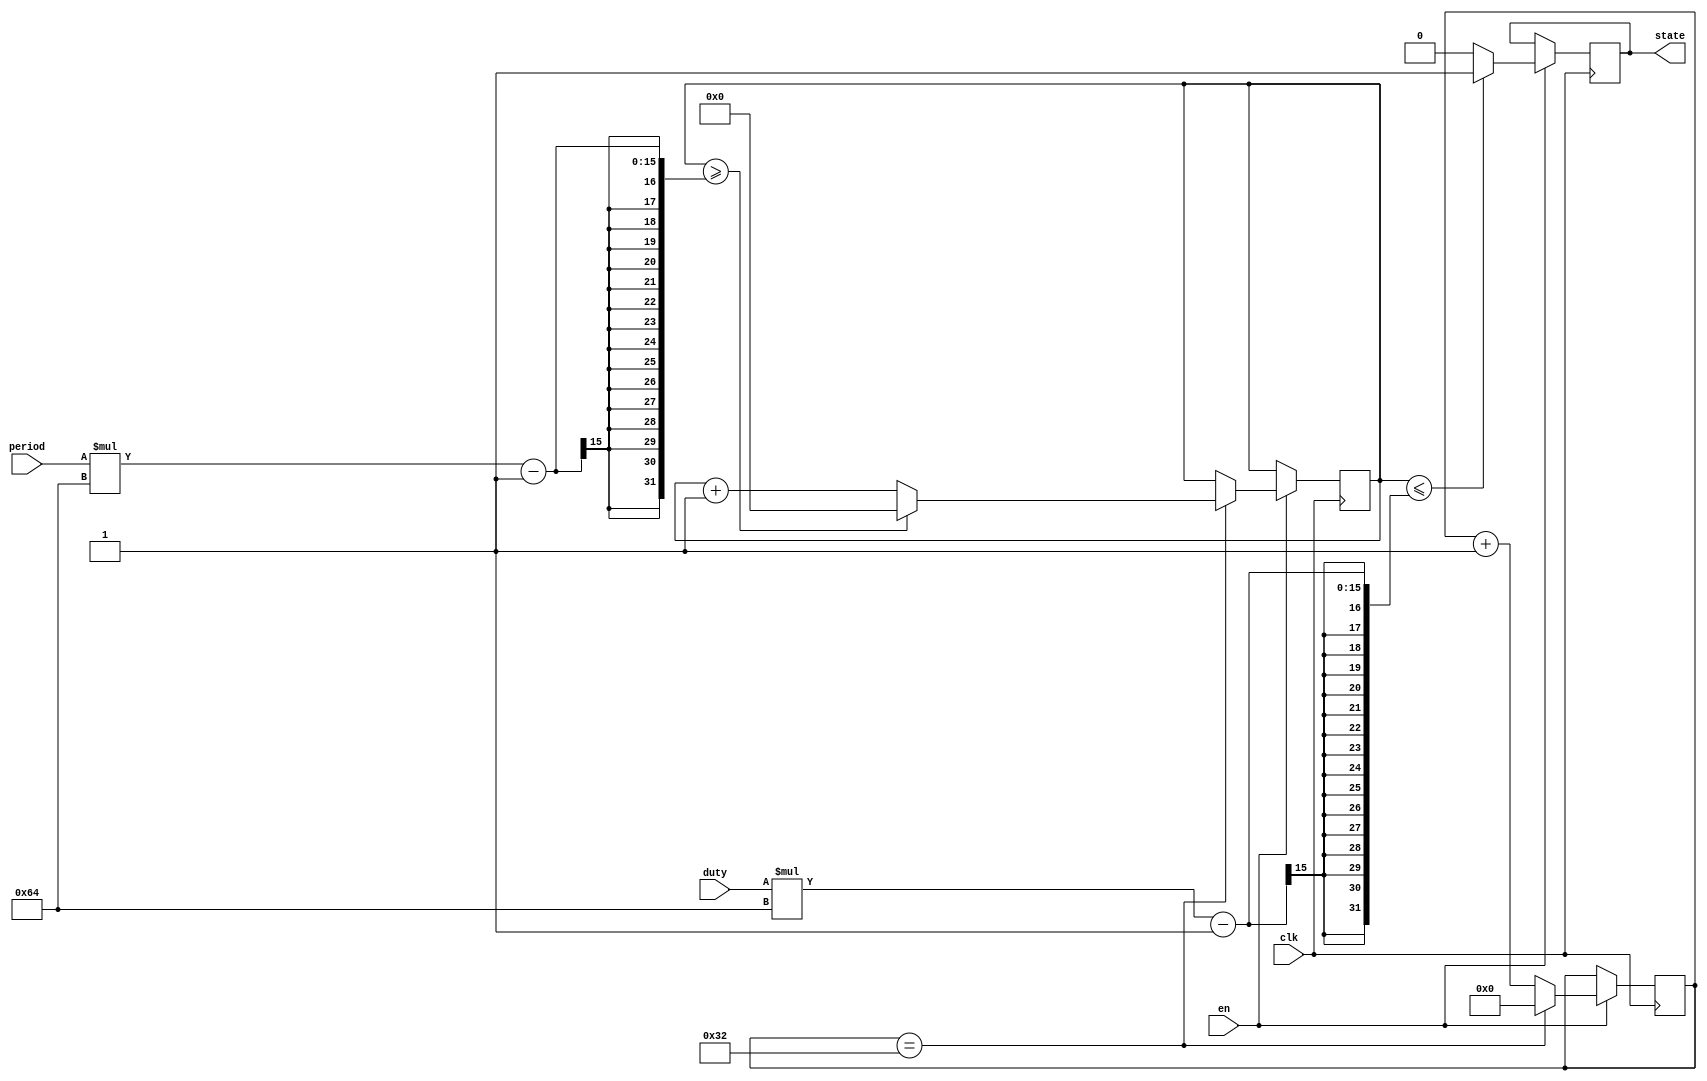
module counter(clk,period,duty,state,en); //period y duty en us
	
	input clk;
	input en;
	input [7:0] period;
	input [7:0] duty;
	output reg state;
	

reg [5:0] contusec = 0;
reg [14:0] contmsec = 0;

always @(posedge clk) begin
	
	if(en == 1)begin
		if(contusec == 50) begin //Se cuantan 50 ciclos de clk que equivale a 1us (para clk de 50MHz)
			contusec = 0;
		
			if(contmsec >= (period*100)-1) begin // se cuaenta period us
				contmsec = 0;
			end else begin
				contmsec = contmsec + 1;
			end
		
		end else begin
			contusec = contusec + 1;
		end
	end
	
end

always @(posedge clk) begin
	
	if(en == 1)begin
		if(contmsec <= (duty*100)-1)begin
			state = 1;
		end else begin
			state = 0;
		end
	end
	
end

/*
always @(posedge clk) begin

	if(en == 1)begin
		dutyf = duty;
		periodf = period;
	end
end
*/

endmodule